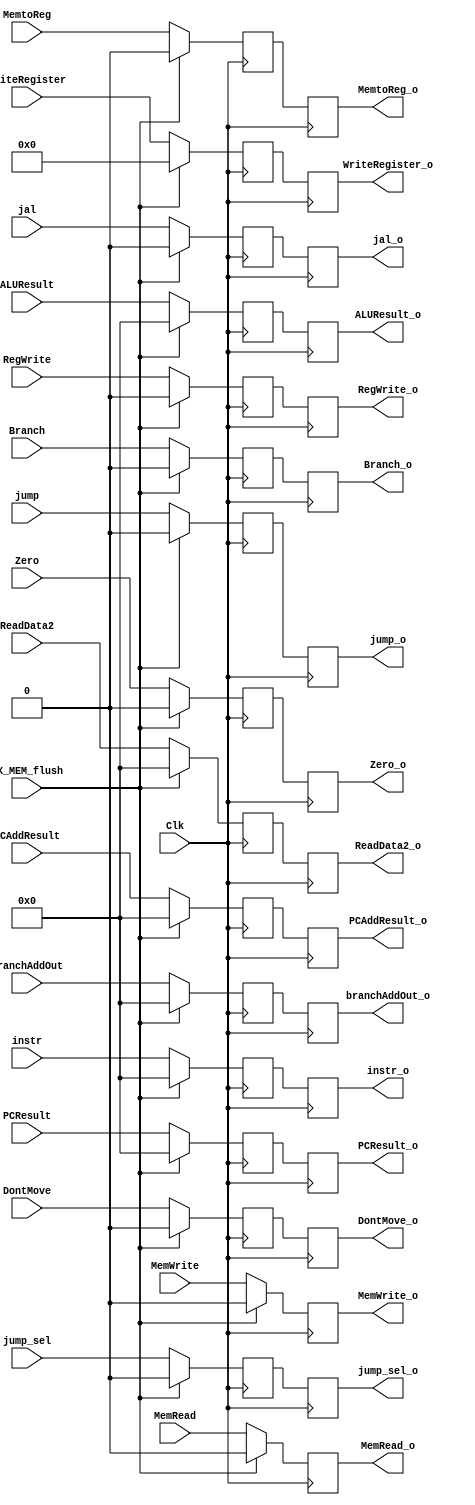
`timescale 1ns / 1ps
//////////////////////////////////////////////////////////////////////////////////
// Company: 
// Engineer: 
// 
// Design Name: 
// Module Name: EX_MEM
// Project Name: 
// Target Devices: 
// Tool Versions: 
// Description: 
// 
// Dependencies: 
// 
// Revision:
// Revision 0.01 - File Created
// Additional Comments:
// 
//////////////////////////////////////////////////////////////////////////////////


module EX_MEM(Clk, EX_MEM_flush,
// INPUTS
instr, PCResult, PCAddResult, // 1
ReadData2, Branch, MemRead, MemWrite, MemtoReg, RegWrite,// 2 
WriteRegister, // ALU 3
ALUResult, Zero, DontMove, branchAddOut, // ALU 3
jump, jal, jump_sel, // jump muxes 4
// OUTPUTS
instr_o, PCResult_o, PCAddResult_o,// 1
ReadData2_o, Branch_o, MemRead_o, MemWrite_o, MemtoReg_o, RegWrite_o, // 2 
WriteRegister_o, // ALU 3
ALUResult_o, Zero_o, DontMove_o, branchAddOut_o, // ALU 3
jump_o, jal_o, jump_sel_o // jump muxes 4
);

    input Clk, EX_MEM_flush;
    
    input [31:0] instr, PCResult, PCAddResult, ReadData2;
    input Branch, MemRead, MemWrite, MemtoReg, RegWrite;
    input [4:0] WriteRegister;
    input [31:0] ALUResult, branchAddOut;
    input Zero, DontMove;
    input jump, jal, jump_sel;
    
    output reg [31:0] instr_o, PCResult_o, PCAddResult_o, ReadData2_o;
    output reg Branch_o, MemRead_o, MemWrite_o, MemtoReg_o, RegWrite_o;
    output reg [4:0] WriteRegister_o;
    output reg [31:0] ALUResult_o, branchAddOut_o;
    output reg Zero_o, DontMove_o;
    output reg jump_o, jal_o, jump_sel_o;
    
    reg [31:0] instr_r, PCResult_r, PCAddResult_r, ReadData2_r;
    reg Branch_r, MemRead_r, MemWrite_r, MemtoReg_r, RegWrite_r;
    reg [4:0] WriteRegister_r;
    reg [31:0] ALUResult_r, branchAddOut_r;
    reg Zero_r, DontMove_r;
    reg jump_r, jal_r, jump_sel_r;
     
    
    always @(posedge Clk) begin
        if (EX_MEM_flush == 1) begin
            instr_r <= 0;
            PCResult_r <= 0;
            PCAddResult_r <= 0;
            ReadData2_r <= 0;
            Branch_r <= 0;
            MemRead_r <= 0;
            MemRead_o <= 0;
            MemWrite_r <= 0;
            MemWrite_o <= 0;
            MemtoReg_r <= 0;
            RegWrite_r <= 0;
            WriteRegister_r <= 0;
            ALUResult_r <= 0;
            branchAddOut_r <= 0;
            Zero_r <= 0;
            DontMove_r <= 0;
            jump_r <= 0;
            jal_r <= 0;
            jump_sel_r <= 0;
        end        
        else begin
            instr_r <= instr;
            PCResult_r <= PCResult;
            PCAddResult_r <= PCAddResult;
            ReadData2_r <= ReadData2;
            Branch_r <= Branch;
            MemRead_r <= MemRead;
            MemRead_o <= MemRead;
            MemWrite_r <= MemWrite;
            MemWrite_o <= MemWrite;
            MemtoReg_r <= MemtoReg;
            RegWrite_r <= RegWrite;
            WriteRegister_r <= WriteRegister;
            ALUResult_r <= ALUResult;
            branchAddOut_r <= branchAddOut;
            Zero_r <= Zero;
            DontMove_r <= DontMove;
            jump_r <= jump;
            jal_r <= jal;
            jump_sel_r <= jump_sel;
        end
    end // close always
    
    always @(negedge Clk) begin
        instr_o <= instr_r;
        PCResult_o <= PCResult_r;
        PCAddResult_o <= PCAddResult_r;
        ReadData2_o <= ReadData2_r;
        Branch_o <= Branch_r;
        //MemRead_o <= MemRead_r;
        //MemWrite_o <= MemWrite_r;
        MemtoReg_o <= MemtoReg_r;
        RegWrite_o <= RegWrite_r;
        WriteRegister_o <= WriteRegister_r;
        ALUResult_o <= ALUResult_r;
        branchAddOut_o <= branchAddOut_r;
        Zero_o <= Zero_r;
        DontMove_o <= DontMove_r;
        jump_o <= jump_r;
        jal_o <= jal_r;
        jump_sel_o <= jump_sel_r;
    end // close always
    
     
     
endmodule